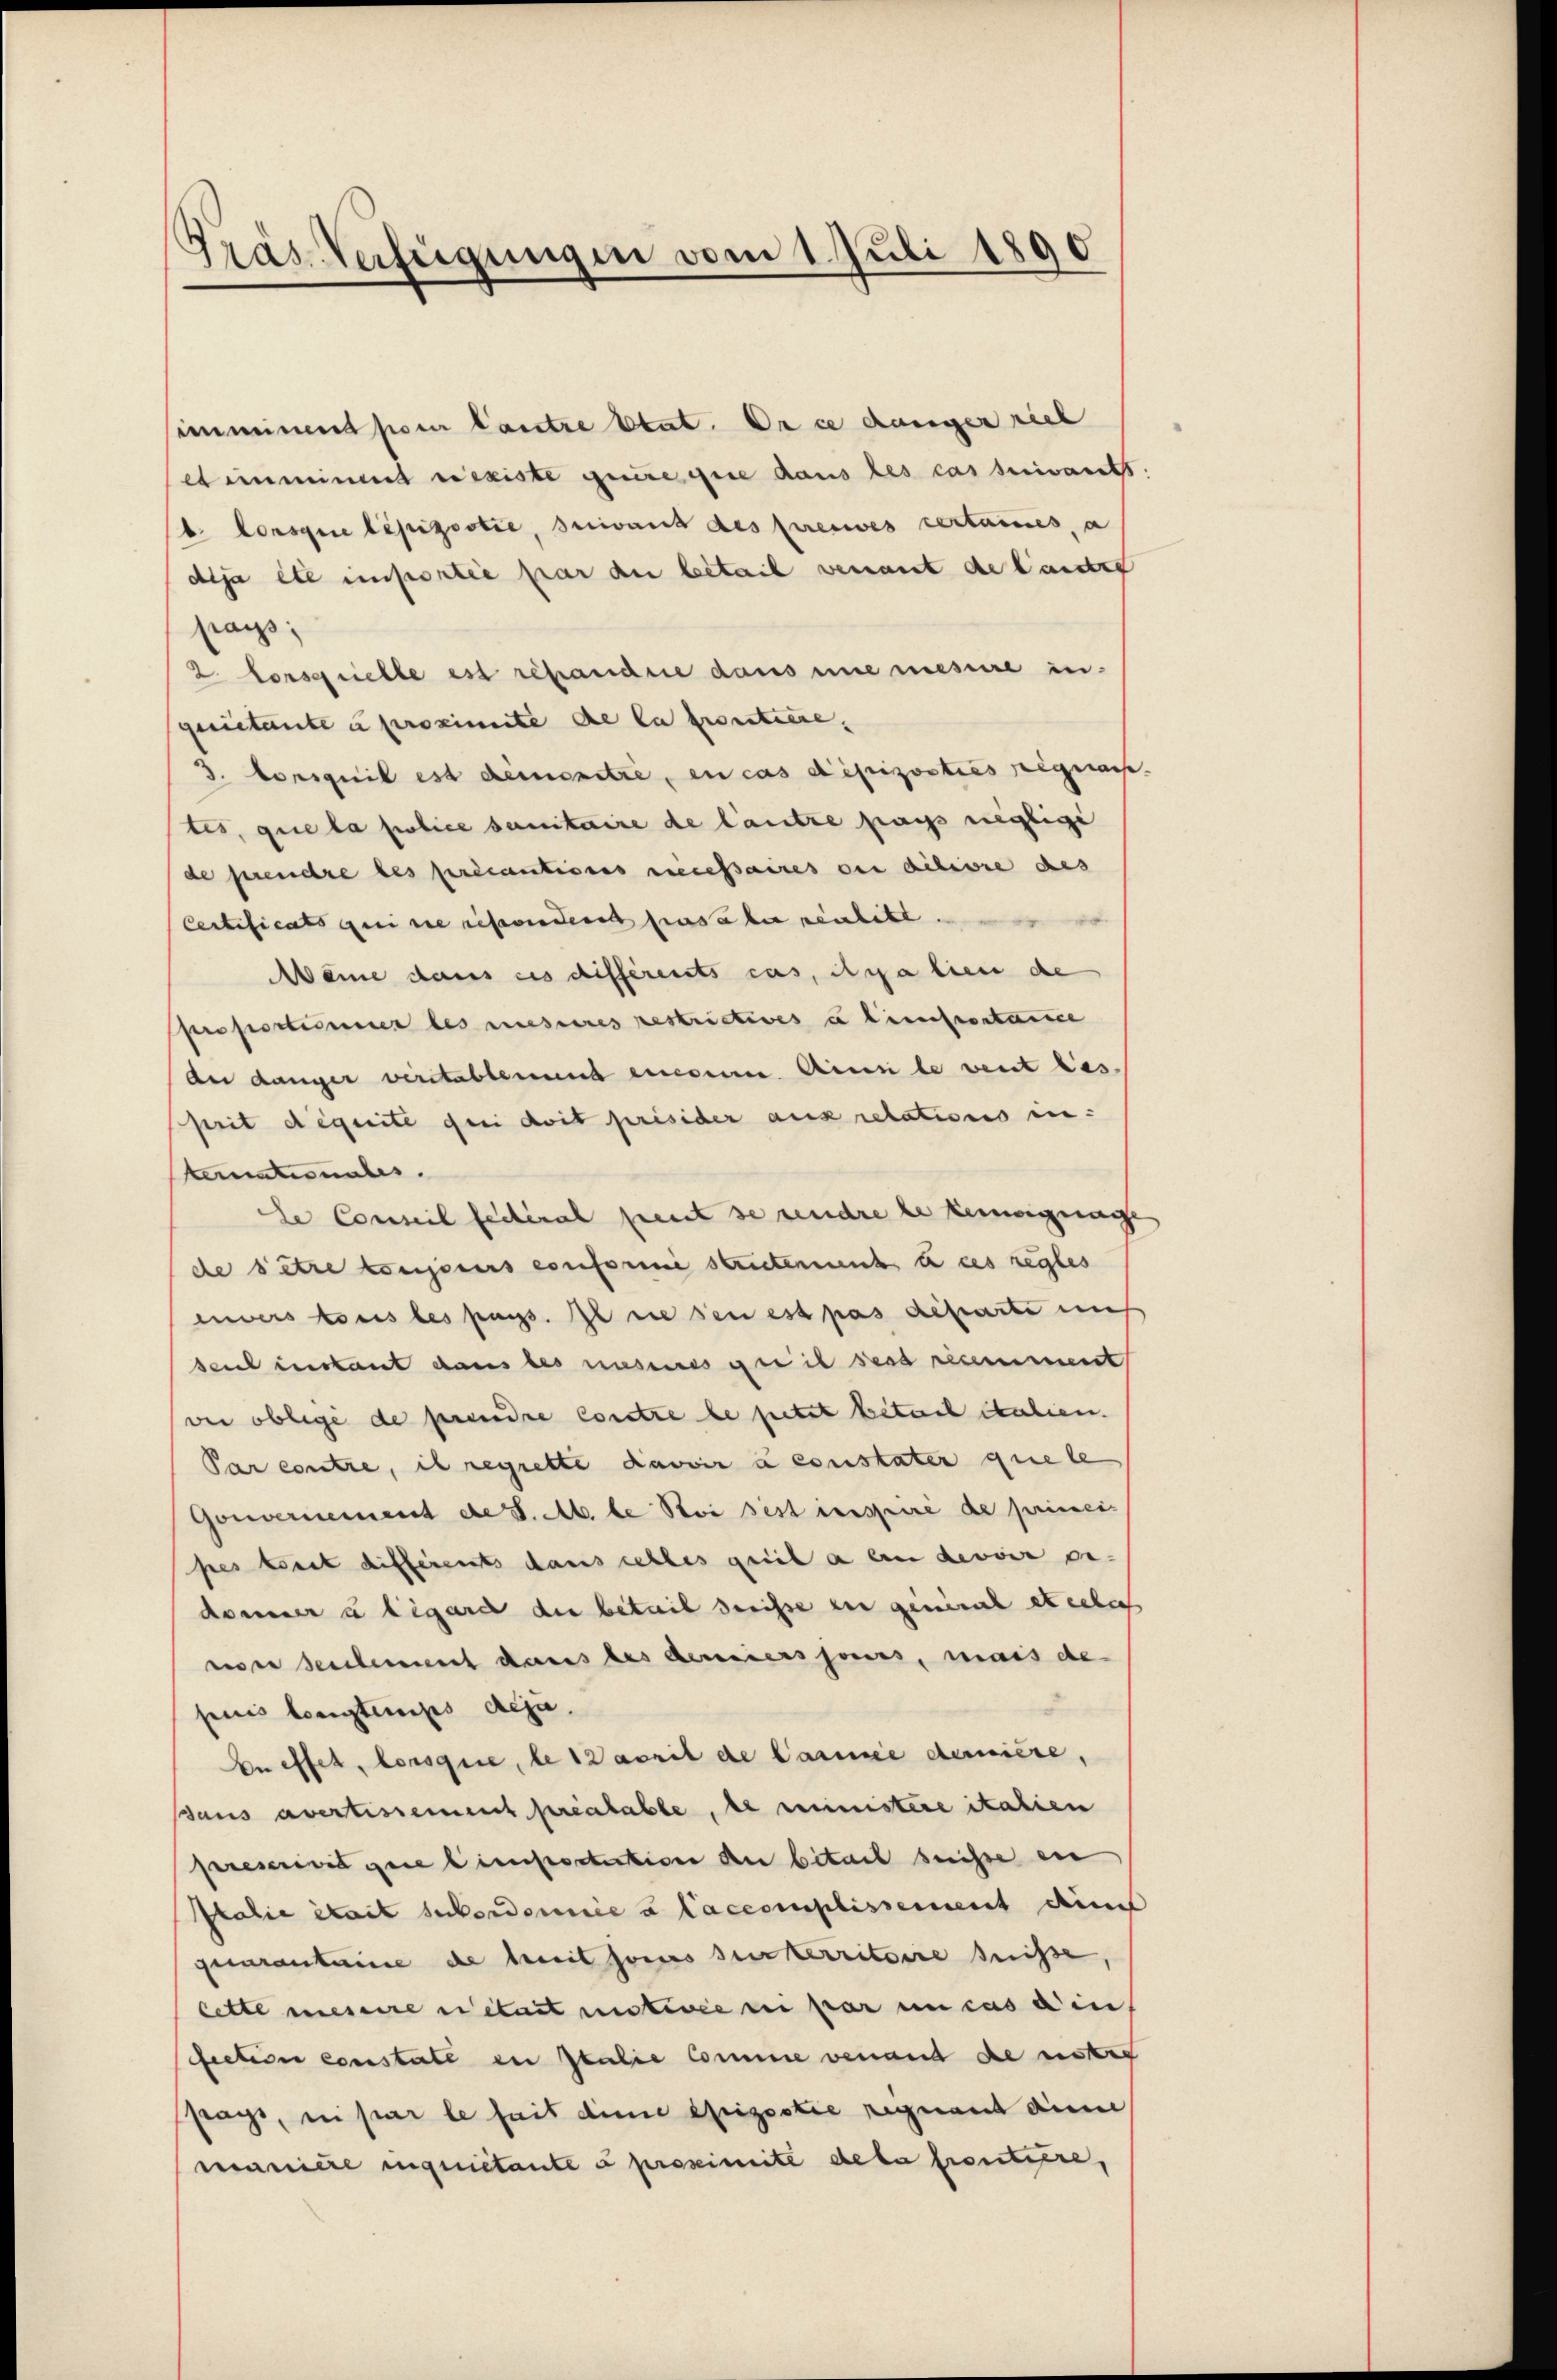
Gräs-Verfügungen vom 1. Juli 1890

ienmiment pour lautre Etat. On ce danger riet
etimminen eiseiste gerire que dans les cas servants
b. Lorsque lépizootie, suivant des preses certaines, a
dija ete unsortie par du bétail venant de lander
pass.
2 Corserielle est répondire dans une mesure in-
quietente u proximite de la portiere,
5. Loriquil est demonitre, en cas dipizooties signass
tes, que la police sanitaire de lautre pass neglige
de prendre des précautiones necessaires des dilivre des
Centificats geei die resondere ses aber neulitt.
Manne dans ces différents cas, da lieu de
proportionier les musseres restrictives u Einfrontanice
der Länger verstabtenund einem Sinn le vent bes
prit déquite geri doit présider aux retations in-
kernationales.
le Conseil fédéral peut se rendre le temengunge
de être consecurs conforme stutenment u des regles
inners tous les pass. Il ne sei est pas departe mich
saul instant dans les wisses die in des recement
wer oblige de prendre contre le jetzt vitaet italien.
Par contre, il regrette davoir à constater que le
Gouvernement de S. M. le Stei sest inspuré de primeises best differents dans schles geiib a an devoir er-
dammer u legard die betreit denisse ein gement etia
wer Seitement dans les demiers jours, mais de
puis longtemps deja.
e effet, lorsque, le sacril de Carmee dernière,
sans avertissement préalable, de ministere italien
preseit gene liesstratention der bitach heisse ein
Italie était subordonnée à Caccomplissement diens
quarantaine de heit seines surterritoire suisse,
lette messere rétait motivie ni par un cas ain
fielesen constate der Italie Comme venand die ritter
fragt, ein par le seit diene Epizootie regnant dem
maniere inqunitante à preseimite dela soutiere,